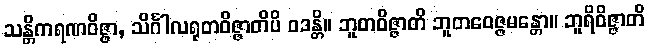
သန္တိကရဏဝိဇ္ဇာ, သိင်္ဂါလရုတဝိဇ္ဇာတိပိ ဝဒန္တိ။ ဘူတဝိဇ္ဇာတိ ဘူတဝေဇ္ဇမန္တော။ ဘူရိဝိဇ္ဇာတိ